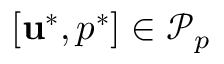
[ \mathbf { u } ^ { \ast } , p ^ { \ast } ] \in \mathscr { P } _ { p }